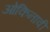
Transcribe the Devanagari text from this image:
ओकिनावी